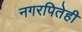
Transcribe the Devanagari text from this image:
नगरपितेही